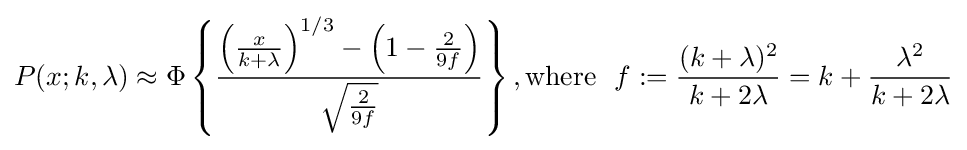
P(x;k,\lambda )\approx \Phi \left\{{\frac {\left({\frac {x}{k+\lambda }}\right)^{1/3}-\left(1-{\frac {2}{9f}}\right)}{\sqrt {\frac {2}{9f}}}}\right\},{\text{where }}\ f:={\frac {(k+\lambda )^{2}}{k+2\lambda }}=k+{\frac {\lambda ^{2}}{k+2\lambda }}